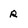
Character: r